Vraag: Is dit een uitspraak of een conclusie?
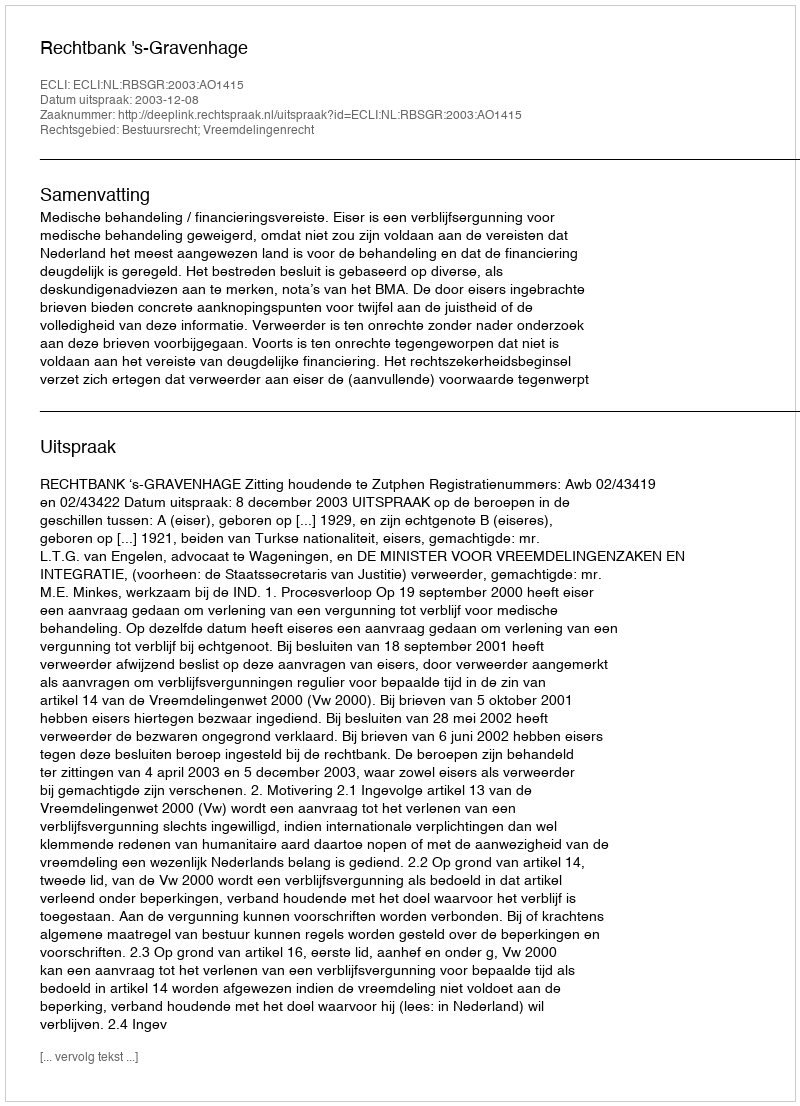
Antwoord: Uitspraak